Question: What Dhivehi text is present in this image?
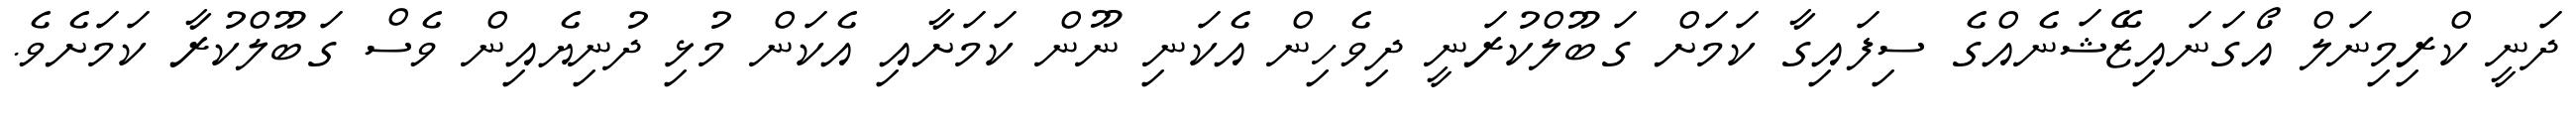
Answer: ދަނީ ކްރިމިނަލް އޯގަނައިޒޭޝަނެއްގެ ސިފައިގާ ކަމަށް ގަބޫލްކުރަނީ ދިވެހިން އެކަނި ނޫން ކަމަށާއި އެކަން މުޅި ދުނިޔެއިން ވެސް ގަބޫލްކުރާ ކަމަށެވެ.